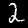
Digit: 2